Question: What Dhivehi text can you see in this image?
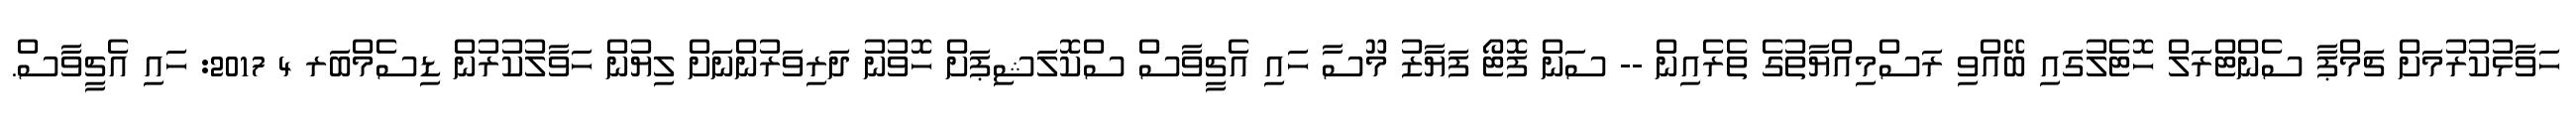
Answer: ހަވާޅުކުރުމަށް ޗަމްޕާ ސެންޓްރަލް ހޮޓެލުގައި ބޭއްވި ރަސްމިއްޔާތުގެ ތެރެއިން -- ސަން ފޮޓޯ ފަޔާޒު މޫސާ ހައި އެޗީވާސް ސްކޮލަޝިޕަށް ހޮވުނު ދަރިވަރުންނަށް ލިޔުން ހަވާލުކުރުން ޑިސެމްބަރ 4 2017: ހައި އެޗީވާސް.